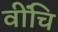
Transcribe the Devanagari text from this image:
वींचि